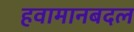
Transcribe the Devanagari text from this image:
हवामानबदल